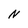
Character: N